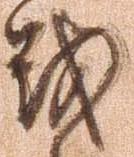
戦